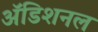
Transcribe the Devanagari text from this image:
अॅडिशनल